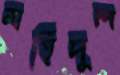
মহিদুল